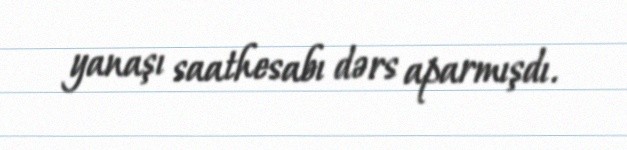
yanaşı saathesabı dərs aparmışdı.